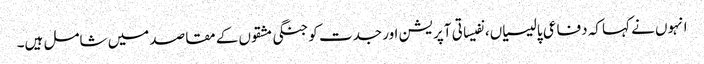
انہوں نے کہا کہ دفاعی پالیسیاں، نفیساتی آپریشن اور جدت کو جنگی مشقوں کے مقاصد میں شامل ہیں۔